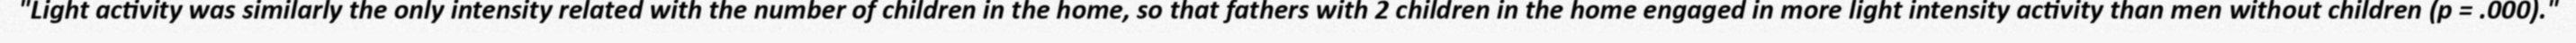
"Light activity was similarly the only intensity related with the number of children in the home, so that fathers with 2 children in the home engaged in more light intensity activity than men without children (p = .000)."